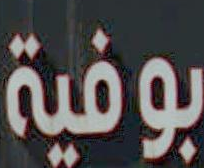
بوفية